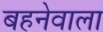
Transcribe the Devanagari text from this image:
बहनेवाला